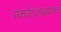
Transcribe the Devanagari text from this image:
स्कॉटलंडातच